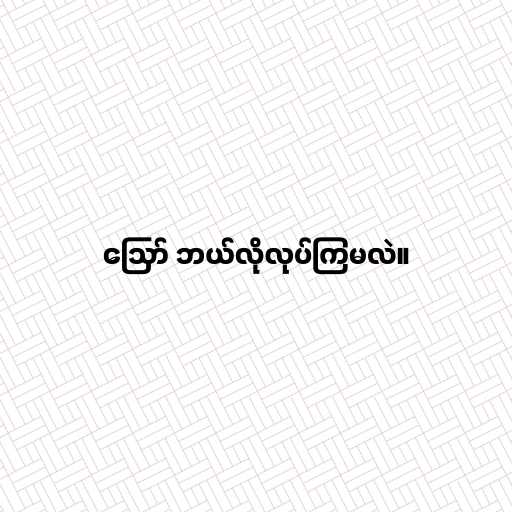
ဪ ဘယ်လိုလုပ်ကြမလဲ။